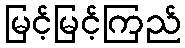
မြင့်မြင့်ကြည်